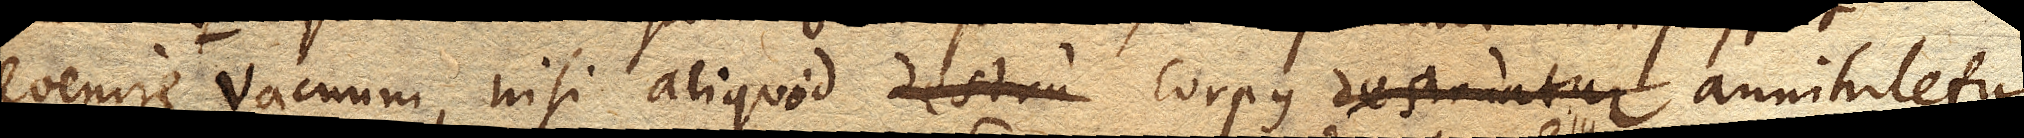
evenire Vacuum, nisi aliquod corpus destruatur annihiletur,